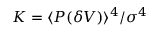
K = \langle P ( \delta V ) \rangle ^ { 4 } / \sigma ^ { 4 }